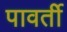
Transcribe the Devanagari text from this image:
पावर्ती